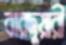
বারদুয়ারী